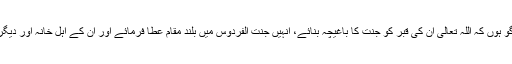
آخر میں مولانا مرحوم کے لئے دعا گو ہوں کہ اللہ تعالیٰ ان کی قبر کو جنت کا باغیچہ بنائے، انہیں جنت الفردوس میں بلند مقام عطا فرمائے اور اُن کے اہل خانہ اور دیگر لواحقین کو صبر جمیل عطا فرمائے۔